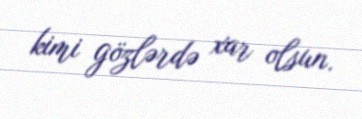
kimi gözlərdə xar olsun.